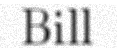
Bill